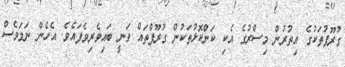
ގުރޫޕުތަކުގެ އިތުރުން މިސްރުގެ އެކި ކަންކޮޅުތަކުން ގުރޫޕްތައް ވަނީ ބައިވެރިވެފައެވެ. އެހެން ނަމަވެސް